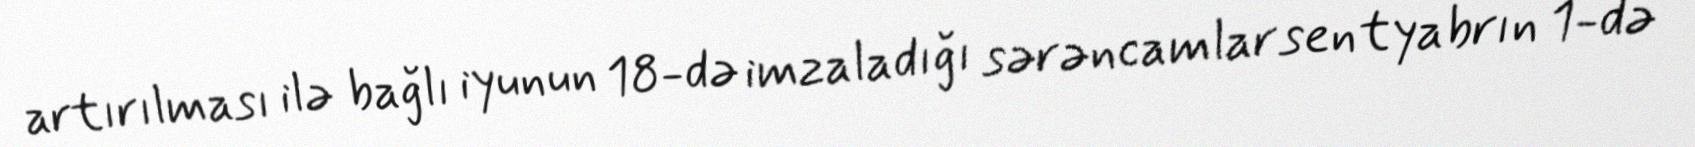
artırılması ilə bağlı iyunun 18-də imzaladığı sərəncamlar sentyabrın 1-də